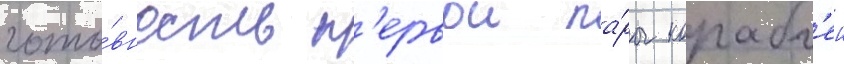
гото́вность п'ервои па́ры корабл'еи